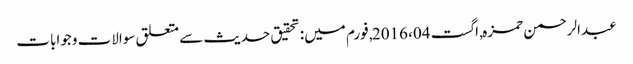
عبدالرحمن حمزہ, ‏اگست 04، 2016, فورم میں: تحقیق حدیث سے متعلق سوالات وجوابات